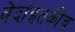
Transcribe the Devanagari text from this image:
वेदांइतकीच